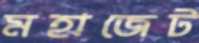
মহাজেট